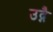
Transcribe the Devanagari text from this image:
उद्गै